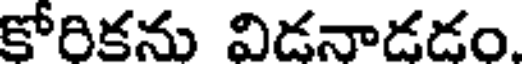
కోరికను విడనాడడం.